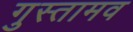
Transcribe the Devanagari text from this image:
गुस्तामव